Annual administration report of the Civil Veterinary Department of India - 1892-1893
Year: 1892
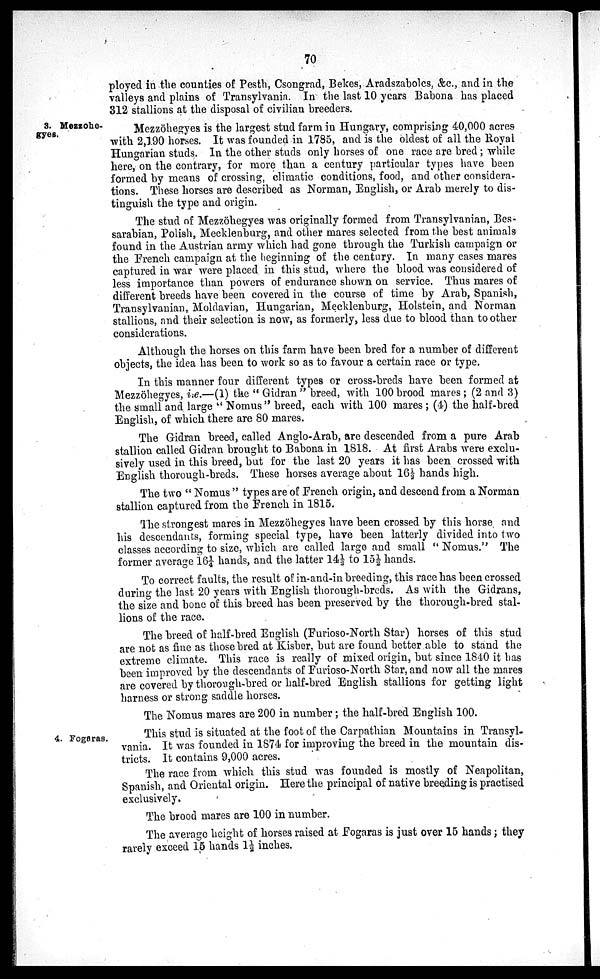
70
ployed in the counties of Pesth, Csongrad, Bekes, Aradszabolcs, &c., and in the
valleys and plains of Transylvania. In the last 10 years Babona has placed
312 stallions at the disposal of civilian breeders.
3. Mezzohe-
gyes.
Mezzöhegyes is the largest stud farm in Hungary, comprising 40,000 acres
with 2,190 horses. It was founded in 1785, and is the oldest of all the Royal
Hungarian studs. In the other studs only horses of one race are bred; while
here, on the contrary, for more than a century particular types have been
formed by means of crossing, climatic conditions, food, and other considera-
tions. These horses are described as Norman, English, or Arab merely to dis-
tinguish the type and origin.
The stud of Mezzöhegyes was originally formed from Transylvanian, Bes-
sarabian, Polish, Mecklenburg, and other mares selected from the best animals
found in the Austrian army which had gone through the Turkish campaign or
the French campaign at the beginning of the century. In many cases mares
captured in war were placed in this stud, where the blood was considered of
less importance than powers of endurance shown on service. Thus mares of
different breeds have been covered in the course of time by Arab, Spanish,
Transylvanian, Moldavian, Hungarian, Mecklenburg, Holstein, and Norman
stallions, and their selection is now, as formerly, less due to blood than to other
considerations.
Although the horses on this farm have been bred for a number of different
objects, the idea has been to work so as to favour a certain race or type.
In this manner four different types or cross-breds have been formed at
Mezzöhegyes, i.e.—(1) the "Gidran" breed, with 100 brood mares; (2 and 3)
the small and large "Nomus" breed, each with 100 mares; (4) the half-bred
English, of which there are 80 mares.
The Gidran breed, called Anglo-Arab, are descended from a pure Arab
stallion called Gidran brought to Babona in 1818. At first Arabs were exclu-
sively used in this breed, but for the last 20 years it has been crossed with
English thorough-breds. These horses average about 16½ hands high.
The two "Nomus" types are of French origin, and descend from a Norman
stallion captured from the French in 1815.
The strongest mares in Mezzöhegyes have been crossed by this horse and
his descendants, forming special type, have been latterly divided into two
classes according to size, which are called large and small "Nomus." The
former average 16¼ hands, and the latter 14½ to 15½ hands.
To correct faults, the result of in-and-in breeding, this race has been crossed
during the last 20 years with English thorough-breds. As with the Gidrans,
the size and bone of this breed has been preserved by the thorough-bred stal-
lions of the race.
The breed of half-bred English (Furioso-North Star) horses of this stud
are not as fine as those bred at Kisber, but are found better able to stand the
extreme climate. This race is really of mixed origin, but since 1840 it has
been improved by the descendants of Furioso-North Star, and now all the mares
are covered by thorough-bred or half-bred English stallions for getting light
harness or strong saddle horses.
The Nomus mares are 200 in number; the half-bred English 100.
4. Fogaras.
This stud is situated at the foot of the Carpathian Mountains in Transyl-
vania. It was founded in 1874 for improving the breed in the mountain dis-
tricts. It contains 9,000 acres.
The race from which this stud was founded is mostly of Neapolitan,
Spanish, and Oriental origin. Here the principal of native breeding is practised
exclusively.
The brood mares are 100 in number.
The average height of horses raised at Fogaras is just over 15 hands; they
rarely exceed 15 hands 1½ inches.